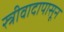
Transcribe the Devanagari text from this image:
स्त्रीवादापासून